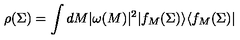
\rho ( \Sigma ) = \int d M | \omega ( M ) | ^ { 2 } | f _ { M } ( \Sigma ) \rangle \langle f _ { M } ( \Sigma ) |